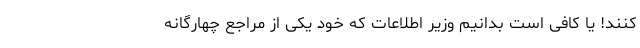
کنند! یا کافی است بدانیم وزیر اطلاعات که خود یکی از مراجع چهارگانه